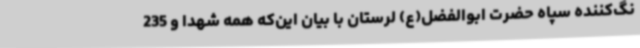
نگ‌کننده سپاه حضرت ابوالفضل(ع) لرستان با بیان این‌که همه شهدا و 235